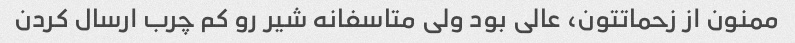
ممنون از زحماتتون، عالی بود ولی متاسفانه شیر رو کم چرب ارسال کردن